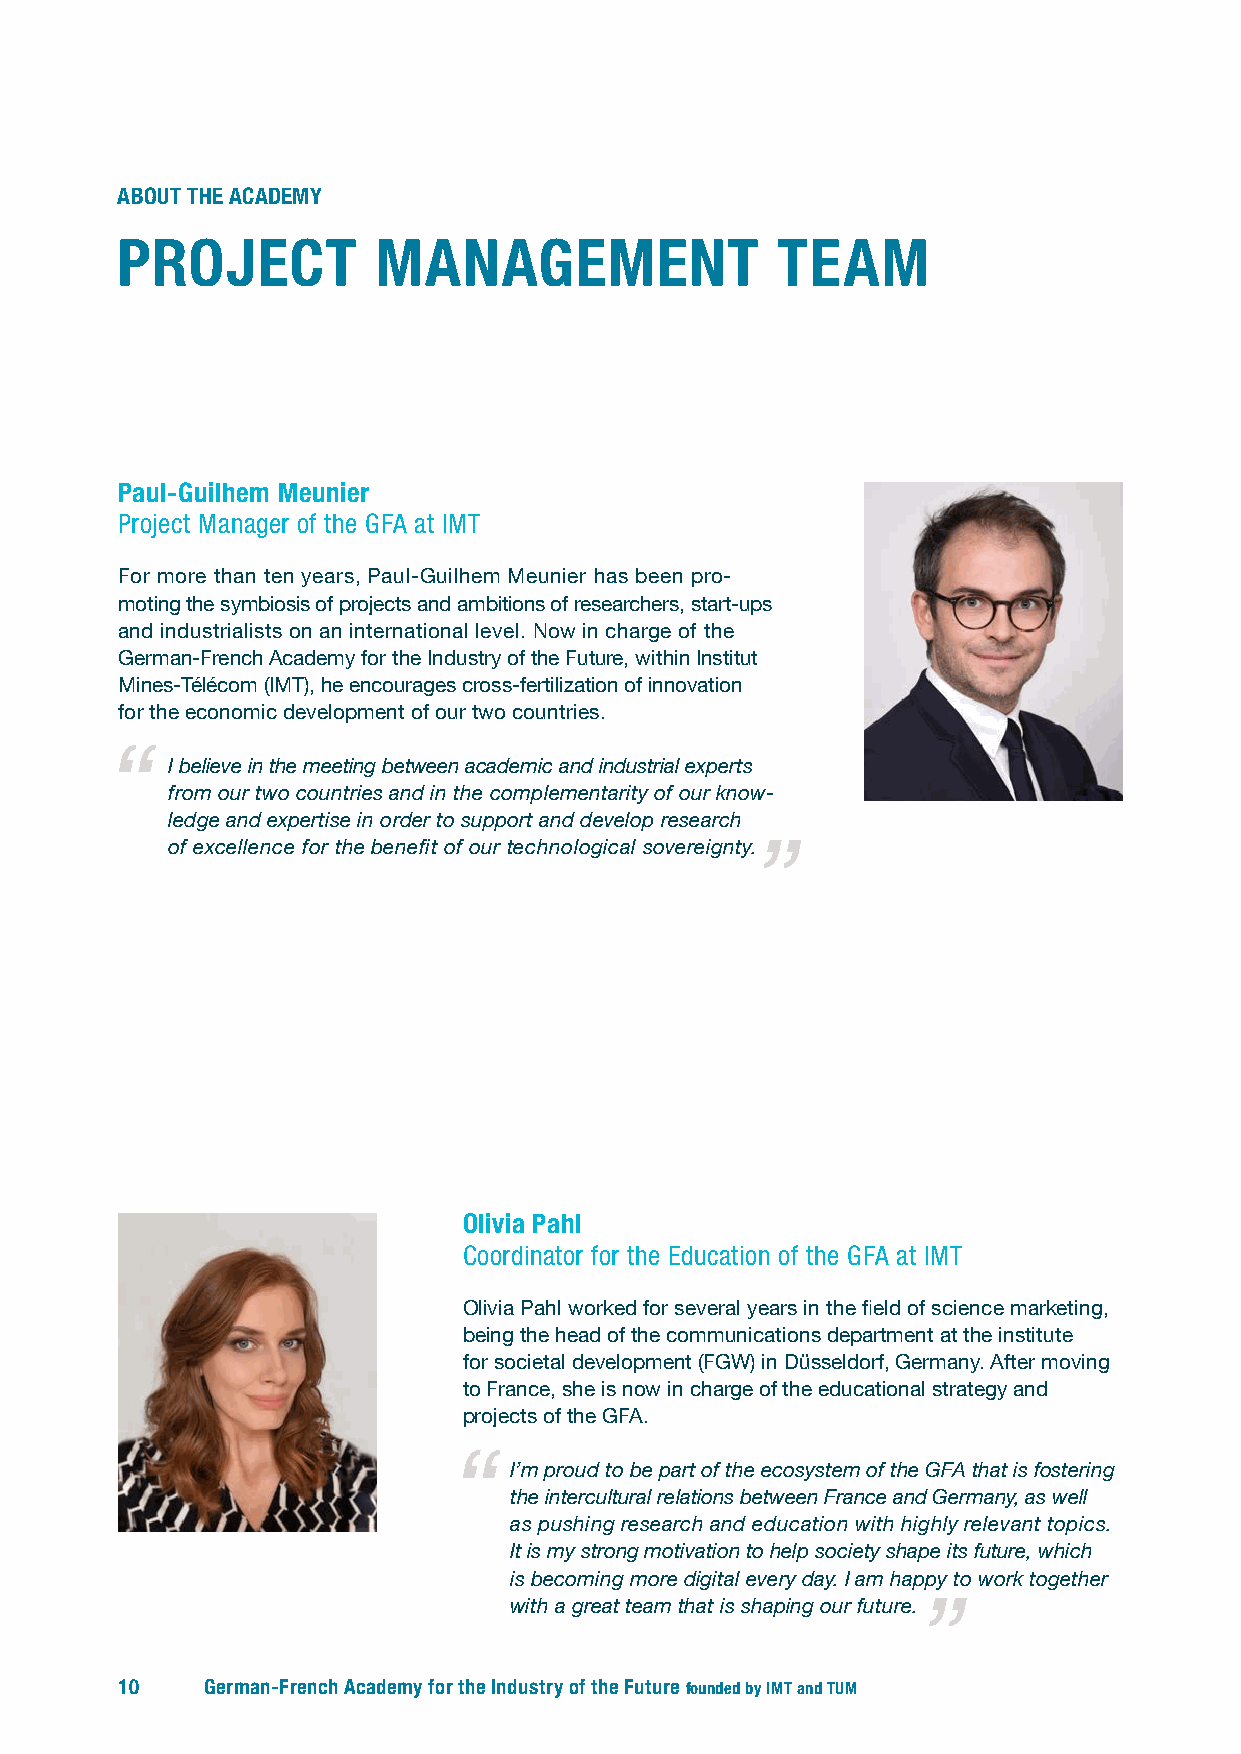
ABOUT THE ACADEMY
 PROJECT          MANAGEMENT                TEAM
 Paul-Guilhem Meunier
 Project Manager of the GFA at IMT
 For more than ten years, Paul-Guilhem Meunier has been pro-
 moting the symbiosis of projects and ambitions of researchers, start-ups
 and industrialists on an international level. Now in charge of the
 German-French Academy for the Industry of the Future, within Institut
 Mines-Télécom (IMT), he encourages cross-fertilization of innovation
 for the economic development of our two countries.
 I believe in the meeting between academic and industrial experts
 from our two countries and in the complementarity of our know-
 ledge and expertise in order to support and develop research
 of excellence for the benefit of our technological sovereignty.
 Olivia Pahl
 Coordinator for the Education of the GFA at IMT
 Olivia Pahl worked for several years in the field of science marketing,
 being the head of the communications department at the institute
 for societal development (FGW) in Düsseldorf, Germany. After moving
 to France, she is now in charge of the educational strategy and
 projects of the GFA.
 I’m proud to be part of the ecosystem of the GFA that is fostering
 the intercultural relations between France and Germany, as well
 as pushing research and education with highly relevant topics.
 It is my strong motivation to help society shape its future, which
 is becoming more digital every day. I am happy to work together
 with a great team that is shaping our future.
 10    German-French Academy for the Industry of the Future founded by IMT and TUM